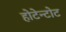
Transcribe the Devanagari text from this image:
होटेन्टोट